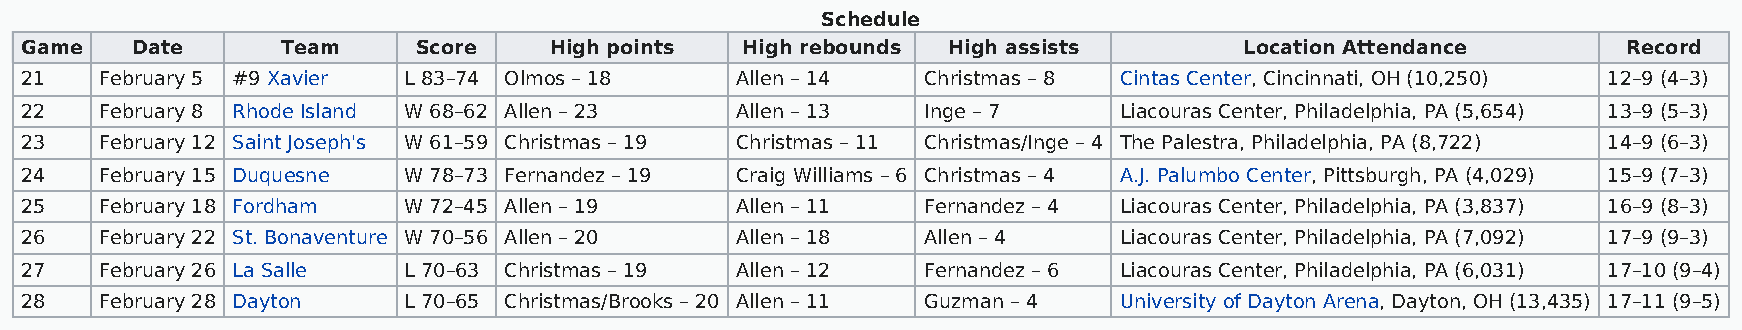
Schedule
 Game    Date      Team     Score   High points  High rebounds High assists       Location Attendance       Record
 21    February 5 #9 Xavier L 83–74 Olmos – 18   Allen – 14  Christmas – 8 Cintas Center, Cincinnati, OH (10,250) 12–9 (4–3)
 22    February 8 Rhode Island W 68–62 Allen – 23 Allen – 13 Inge – 7     Liacouras Center, Philadelphia, PA (5,654) 13–9 (5–3)
 23    February 12 Saint Joseph's W 61–59 Christmas – 19 Christmas – 11 Christmas/Inge – 4 The Palestra, Philadelphia, PA (8,722) 14–9 (6–3)
 24    February 15 Duquesne W 78–73 Fernandez – 19 Craig Williams – 6 Christmas – 4 A.J. Palumbo Center, Pittsburgh, PA (4,029) 15–9 (7–3)
 25    February 18 Fordham W 72–45 Allen – 19    Allen – 11  Fernandez – 4 Liacouras Center, Philadelphia, PA (3,837) 16–9 (8–3)
 26    February 22 St. Bonaventure W 70–56 Allen – 20 Allen – 18 Allen – 4 Liacouras Center, Philadelphia, PA (7,092) 17–9 (9–3)
 27    February 26 La Salle L 70–63 Christmas – 19 Allen – 12 Fernandez – 6 Liacouras Center, Philadelphia, PA (6,031) 17–10 (9–4)
 28    February 28 Dayton  L 70–65 Christmas/Brooks – 20 Allen – 11 Guzman – 4 University of Dayton Arena, Dayton, OH (13,435) 17–11 (9–5)